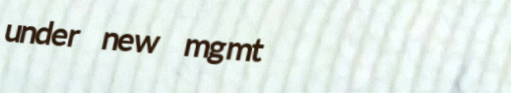
under new mgmt